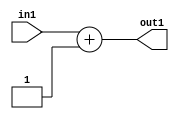
`timescale 1ps / 1ps
/*****************************************************************************
    Verilog RTL Description
    
    
    Created by: Stratus DpOpt 2019.1.01 
*******************************************************************************/

module feature_write_addr_gen_Add2i1u3_4_0 (
	in1,
	out1
	); /* architecture "behavioural" */ 
input [2:0] in1;
output [2:0] out1;
wire [2:0] asc001;

assign asc001 = 
	+(in1)
	+(3'B001);

assign out1 = asc001;
endmodule

/* CADENCE  urnzSws= : u9/ySgnWtBlWxVPRXgAZ4Og= ** DO NOT EDIT THIS LINE ******/